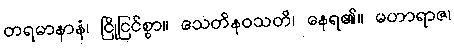
တရမာနာနံ၊ ငြိုငြင်စွာ။ သေတိနဝသတိ၊ နေရ၏။ မဟာရာဇ၊